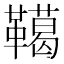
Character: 𩍛